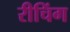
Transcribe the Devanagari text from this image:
रीचिंग